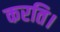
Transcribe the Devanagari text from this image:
करति।